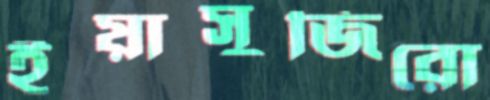
ইয়াসুজিরো